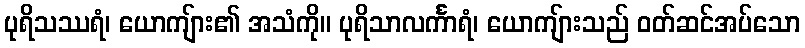
ပုရိသဿရံ၊ ယောကျ်ား၏ အသံကို။ ပုရိသာလင်္ကာရံ၊ ယောကျ်ားသည် ဝတ်ဆင်အပ်သော